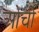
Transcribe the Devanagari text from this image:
ओर्ची